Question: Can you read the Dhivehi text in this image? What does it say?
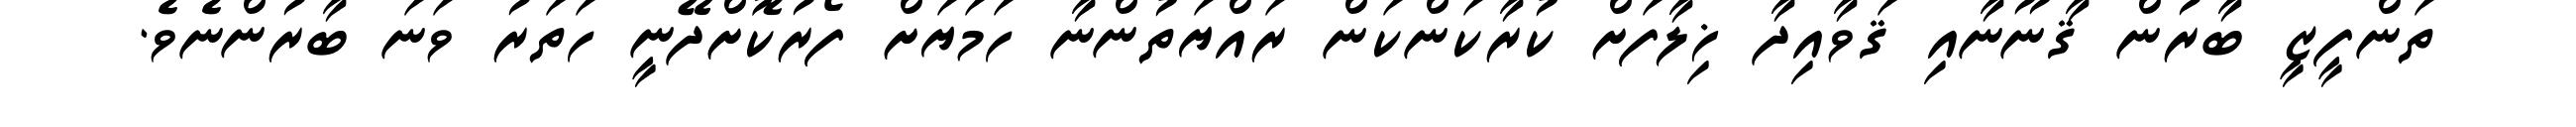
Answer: ތަންފީޒީ ބާރުން ޤާނޫނާއި ޤަވާއިދާ ޚިލާފަށް ކުރާކަންކަން ރައްޔަތުންނާ ހަމަޔަށް ފޯރުކޮށްދޭނީ ހަތަރު ވަނަ ބާރުންނެވެ.